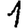
Digit: 1